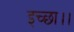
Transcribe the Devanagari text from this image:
इच्‍छा।।